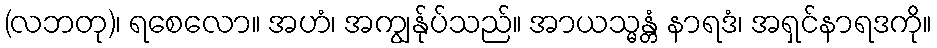
(လဘတု)၊ ရစေလော။ အဟံ၊ အကျွန်ုပ်သည်။ အာယသ္မန္တံ နာရဒံ၊ အရှင်နာရဒကို။